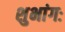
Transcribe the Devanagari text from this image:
शुभांगः